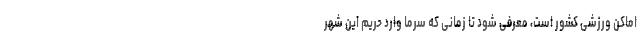
اماکن ورزشی کشور است، معرفی شود تا زمانی که سرما وارد حریم این شهر